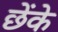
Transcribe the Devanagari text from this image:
छेंके